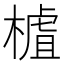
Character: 樝